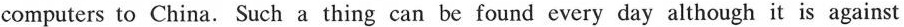
computers to China. Such a thing can be found every day although it is against